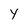
Character: Y